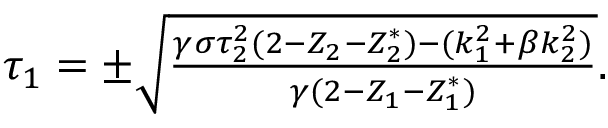
\begin{array} { r } { \tau _ { 1 } = \pm \sqrt { \frac { \gamma \sigma \tau _ { 2 } ^ { 2 } ( 2 - Z _ { 2 } - Z _ { 2 } ^ { * } ) - ( k _ { 1 } ^ { 2 } + \beta k _ { 2 } ^ { 2 } ) } { \gamma ( 2 - Z _ { 1 } - Z _ { 1 } ^ { * } ) } } . } \end{array}